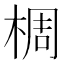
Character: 椆